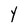
Character: Y